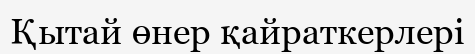
Қытай өнер қайраткерлері